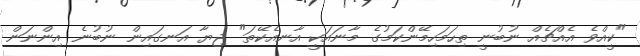
"ކީއްވެ އެއްޗެއް ނުބުނީ ތިހަމަހިމޭންކަމުގެ މާނައަކީ އާނއެކޭތަ" ޖިޔާ އަނގައިން ނުބުނެ އިންނަން